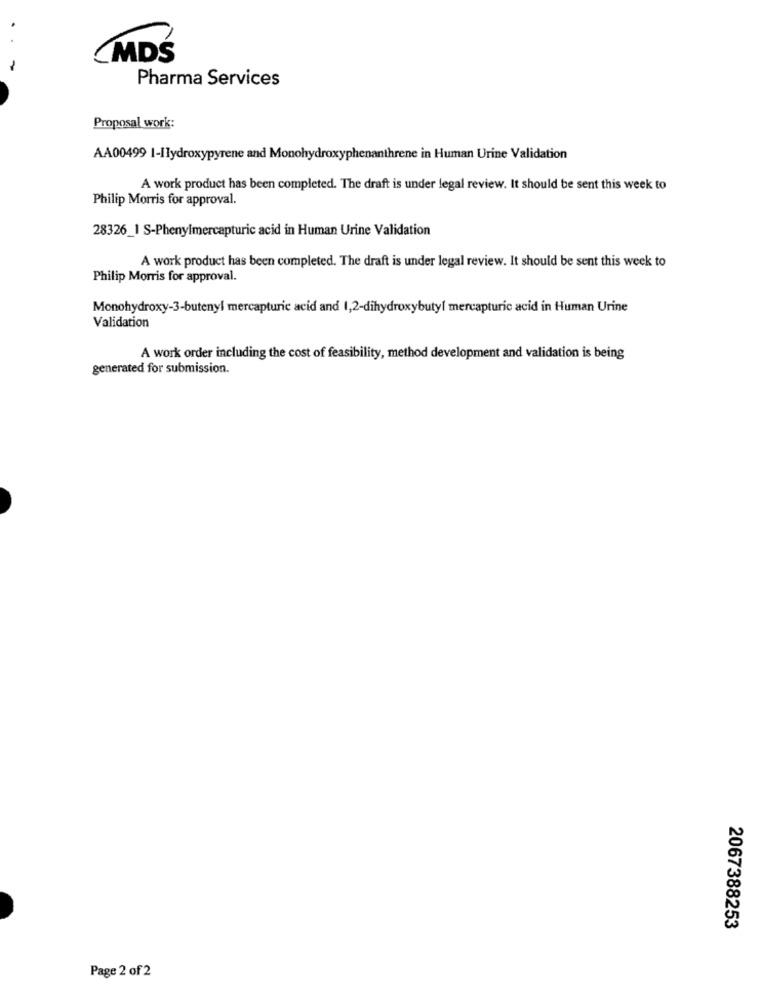
MDŚ
Pharma Services
Proposal work:
AA00499 1-Ilydroxypyrene and Monohydroxyphenanthrene in Human Urine Validation
A work product has been completed. The draft is under legal review. It should be sent this week to
Philip Morris for approval.
28326_1 S-Phenylmercapturic acid in Human Urine Validation
A work product has been completed. The draft is under legal review. It should be sent this week to
Philip Morris for approval.
Monohydroxy-3-butenyl mercapturic acid and 1,2-dihydroxybutyl mercapturic acid in Human Urine
Validation
A work order including the cost of feasibility, method development and validation is being
generated for submission.
2067388253
Page 2 of 2